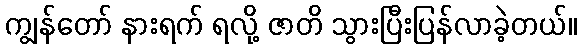
ကျွန်တော် နားရက် ရလို့ ဇာတိ သွားပြီးပြန်လာခဲ့တယ်။